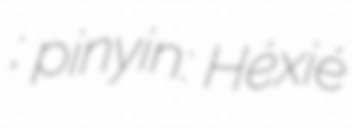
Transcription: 和谐号; pinyin: Héxié